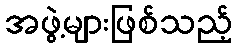
အဖွဲ့များဖြစ်သည့်